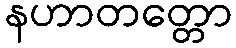
နဟာတတ္တော